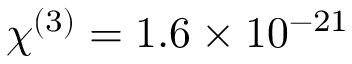
\chi ^ { ( 3 ) } = 1 . 6 \times 1 0 ^ { - 2 1 }